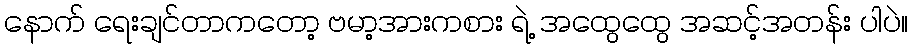
နောက် ရေးချင်တာကတော့ ဗမာ့အားကစား ရဲ့ အထွေထွေ အဆင့်အတန်း ပါပဲ။